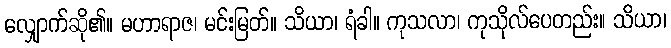
လျှောက်ဆို၏။ မဟာရာဇ၊ မင်းမြတ်။ သိယာ၊ ရံခါ။ ကုသလာ၊ ကုသိုလ်ပေတည်း။ သိယာ၊